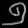
Digit: ၅